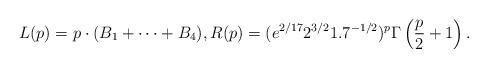
LaTeX: \begin{align*}L(p) = p\cdot(B_1+\dots+B_4), R(p) = (e^{2/17}2^{3/2}1.7^{-1/2})^p\Gamma\left(\frac{p}{2}+1\right).\end{align*}